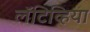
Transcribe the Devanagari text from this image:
लॅटिव्हिया